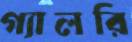
গ্যালরি